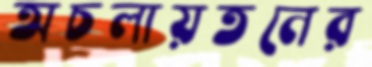
অচলায়তনের